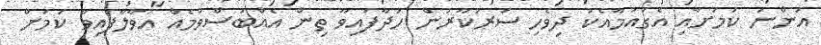
އަންނަ ކަމަށާއި އެގައުމާއެކު ދިވެހި ސަރުކާރުން ހަދާފައިވާ ތިން އެއްބަސްވުމެއް އުވާލާފައިވާ ކަމަށް